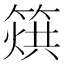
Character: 𥰲